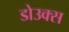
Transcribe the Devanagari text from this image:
डोउक्स